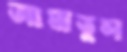
আমাতুল